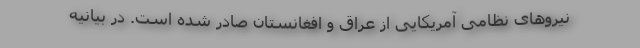
نیروهای نظامی آمریکایی از عراق و افغانستان صادر شده است. در بیانیه